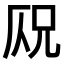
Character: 𠩣